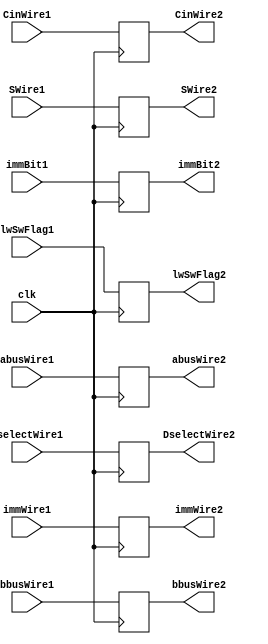
module pipeline_2_latch(clk, abusWire1, bbusWire1, DselectWire1, immWire1, SWire1, CinWire1,immBit1,lwSwFlag1,abusWire2,bbusWire2,immWire2,SWire2,CinWire2,DselectWire2,immBit2,lwSwFlag2);
  input clk, CinWire1,immBit1;
  input [31:0] abusWire1, bbusWire1, DselectWire1, immWire1;
  input [2:0] SWire1;
  input [1:0] lwSwFlag1;
  output CinWire2,immBit2;
  output [31:0] abusWire2, bbusWire2, DselectWire2, immWire2;
  output [2:0] SWire2;
  output [1:0] lwSwFlag2;
  reg CinWire2,immBit2;
  reg [31:0] abusWire2, bbusWire2, DselectWire2, immWire2;
  reg [2:0] SWire2;
  reg [1:0] lwSwFlag2;
  always @(posedge clk) begin
    abusWire2 = abusWire1;
    bbusWire2 = bbusWire1;
    DselectWire2 = DselectWire1;
    immWire2 = immWire1;
    SWire2 = SWire1;
    CinWire2 = CinWire1;
    immBit2 = immBit1;
    lwSwFlag2 = lwSwFlag1;
  end
endmodule